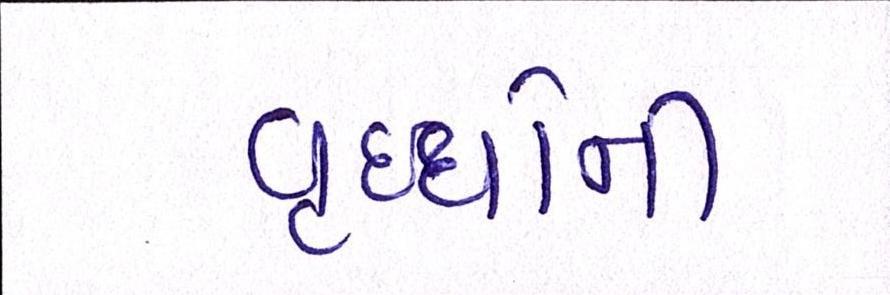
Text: વૃધ્ધોની